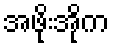
အဖိုးအိုက